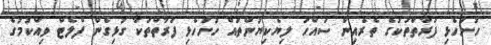
ހުށަހެޅި ފަރާތްތަކުގެ ތެރެއިން ސައްހަ ލިޔެކިޔުންތައް ހުށަހެޅި ފަރާތްތަކާ ގުޅިގެން ފްލެޓް ވިއްކުމުގެ